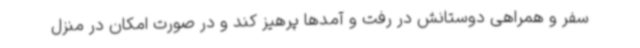
سفر و همراهی دوستانش در رفت و آمدها پرهیز کند و در صورت امکان در منزل